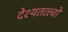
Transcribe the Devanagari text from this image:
देश्यतत्त्वों